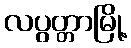
လပွတ္တာမြို့